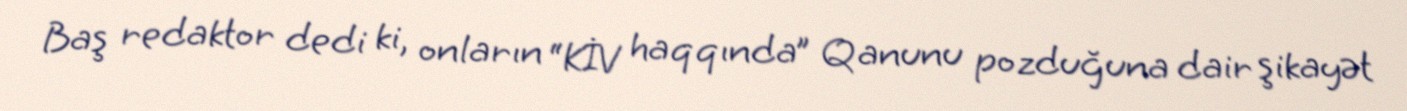
Baş redaktor dedi ki, onların “KİV haqqında” Qanunu pozduğuna dair şikayət